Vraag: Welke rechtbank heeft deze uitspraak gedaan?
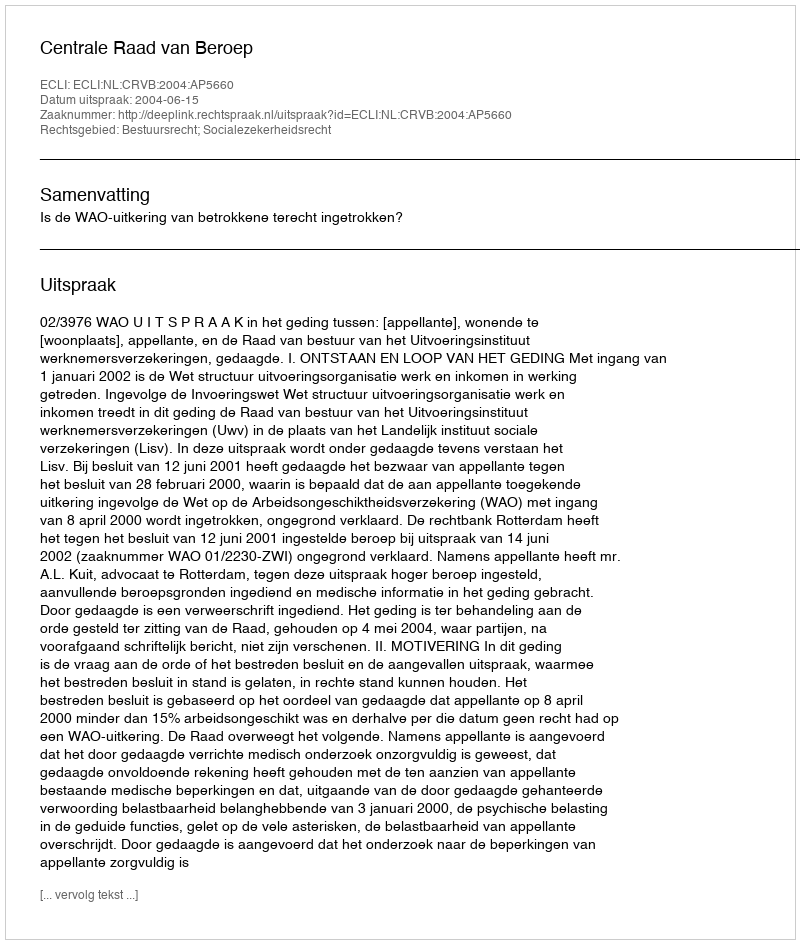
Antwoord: Centrale Raad van Beroep